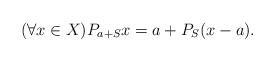
LaTeX: \begin{align*}(\forall x\in X) P_{a+S}x=a+P_S(x-a).\end{align*}